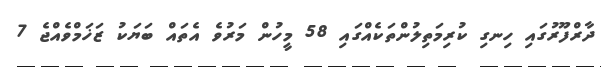
ދާރްފޫރުގައި ހިނގި ކުރިމަތިލުންތަކެއްގައި 58 މީހުން މަރުވެ އެތައް ބަޔަކު ޒަޚަމްވެއްޖެ 7